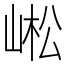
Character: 㟣